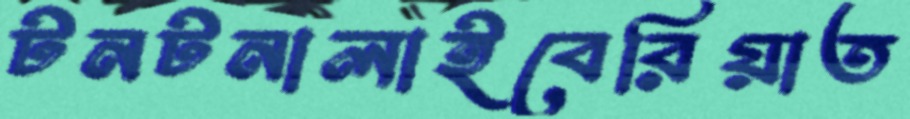
টনটনালাইবেরিয়াত